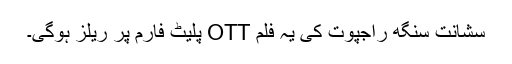
سشانت سنگھ راجپوت کی یہ فلم OTT پلیٹ فارم پر ریلز ہوگی۔